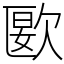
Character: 㰽